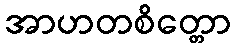
အာဟတစိတ္တော